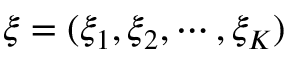
{ \boldsymbol \xi } = ( \xi _ { 1 } , \xi _ { 2 } , \cdots , \xi _ { K } )